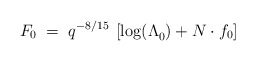
\begin{align*}F_{0} \; = \; q^{-8/15}\: \left[\log(\Lambda_{0}^{})+N\cdot f_0\right]\end{align*}